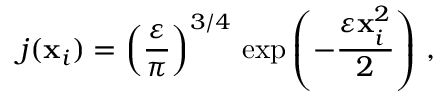
j ( { \bf x } _ { i } ) = \left( \frac { \varepsilon } { \pi } \right) ^ { 3 / 4 } \, \mathrm { \exp } \left( - \frac { \varepsilon { \bf x } _ { i } ^ { 2 } } { 2 } \right) \, ,